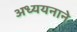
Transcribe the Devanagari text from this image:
अध्ययनाने